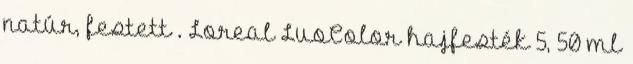
natúr, festett . Loreal LuoColor hajfesték 5, 50 ml